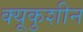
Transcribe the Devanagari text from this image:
क्यूकुशीन